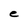
Character: e